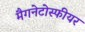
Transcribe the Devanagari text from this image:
मैगनेटोस्फीयर